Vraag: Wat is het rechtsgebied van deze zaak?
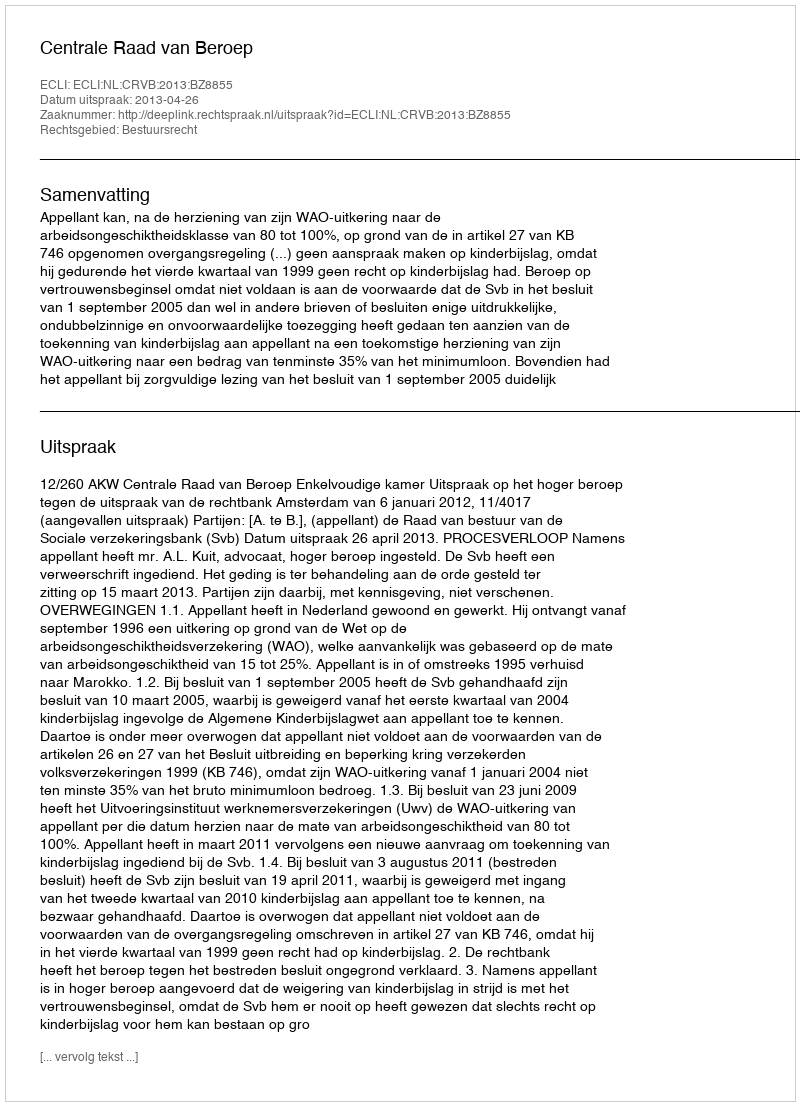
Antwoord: Bestuursrecht